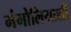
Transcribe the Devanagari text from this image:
मंगोलियाशी